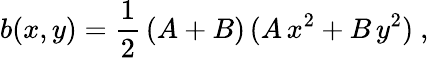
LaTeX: b(x,y)=\frac 12\, (A+B)\, (A\, x^{2}+B\, y^{2})\ ,